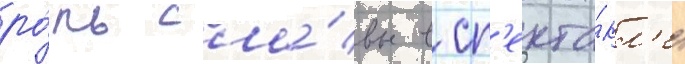
ро́ль сла́вы в сп'екта́кл'е